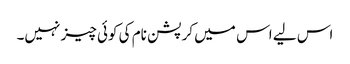
اس لیے اس میں کرپشن نام کی کوئی چیز نہیں۔